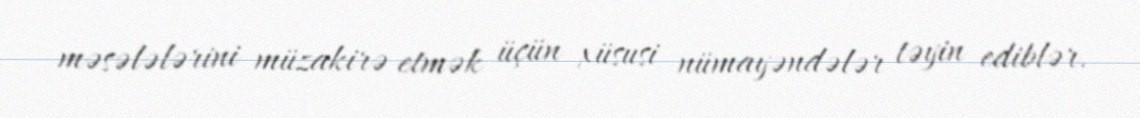
məsələlərini müzakirə etmək üçün xüsusi nümayəndələr təyin ediblər.